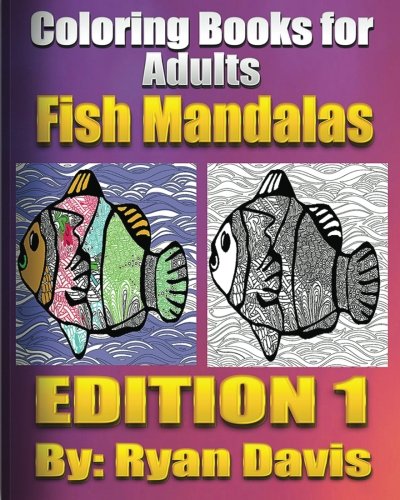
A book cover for Coloring Books For Adults Fish Mandalas (Animals & Mandalas ); Davis95; Comics & Graphic Novels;